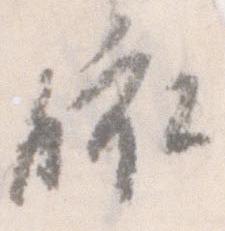
依